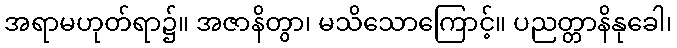
အရာမဟုတ်ရာ၌။ အဇာနိတွာ၊ မသိသောကြောင့်။ ပညတ္တာနိနုခေါ၊